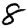
Digit: 8